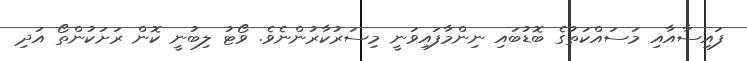
ފައިސާއާއި މަސައްކަތުގެ ބޮޑުބައި ނިންމާފައިވަނީ މިސަރުކާރުންނެވެ. ވޯޓު ލިބުނީ ކޮން ރަށަކުންތޯ އަދި